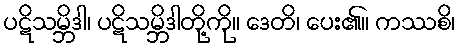
ပဋိသမ္ဘိဒါ၊ ပဋိသမ္ဘိဒါတို့ကို။ ဒေတိ၊ ပေး၏။ ကဿစိ၊